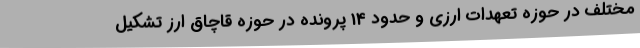
مختلف در حوزه تعهدات ارزی و حدود 14 پرونده در حوزه قاچاق ارز تشکیل